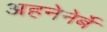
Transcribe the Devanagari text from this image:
अहनेनेर्बे